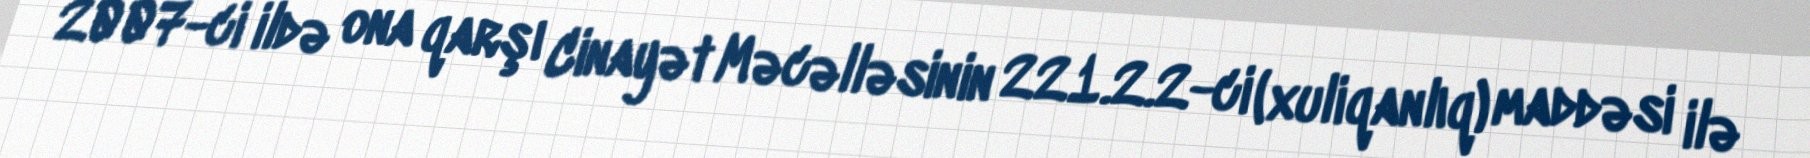
2007-ci ildə ona qarşı Cinayət Məcəlləsinin 221.2.2-ci (xuliqanlıq) maddəsi ilə